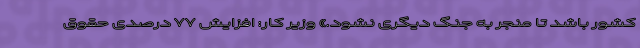
کشور باشد تا منجر به جنگ دیگری نشود.» وزیر کار: افزایش ۷۷ درصدی حقوق